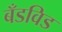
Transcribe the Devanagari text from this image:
बँडविड